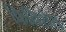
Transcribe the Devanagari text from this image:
फिनिशेस